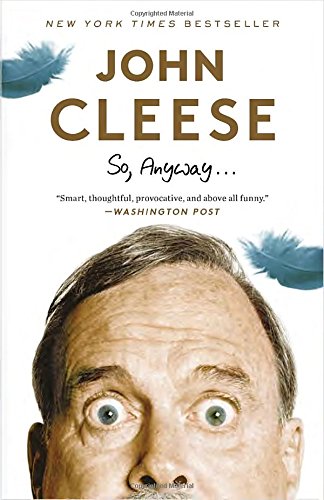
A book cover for So, Anyway...; John Cleese; Humor & Entertainment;